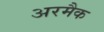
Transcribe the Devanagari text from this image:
अरमैक